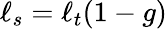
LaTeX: \ell_{s}=\ell_{t}(1-g)